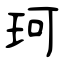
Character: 珂